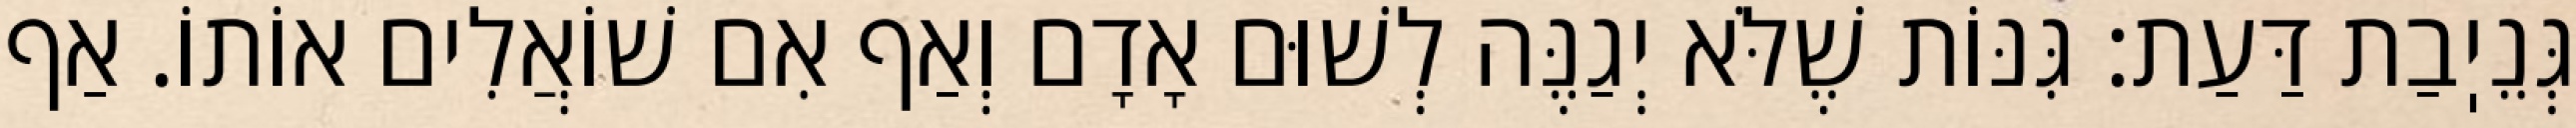
גְּנֵיֽבַת דַּעַת: גִּנּוֹת שֶׁלֹּא יְגַנֶּה לְשׁוּם אָדָם וְאַף אִם שׁוֹאֲלִים אוֹתוֹ. אַף